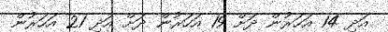
އަދި 14 އަހަރުން ދަށް 19 އަހަރުން ދަށް އަދި 21 އަހަރުން